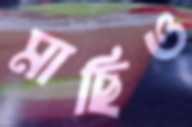
মাছিও